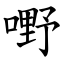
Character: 嘢